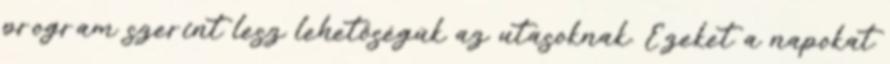
program szerint lesz lehetőségük az utasoknak. Ezeket a napokat